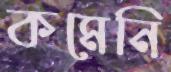
কমেনি